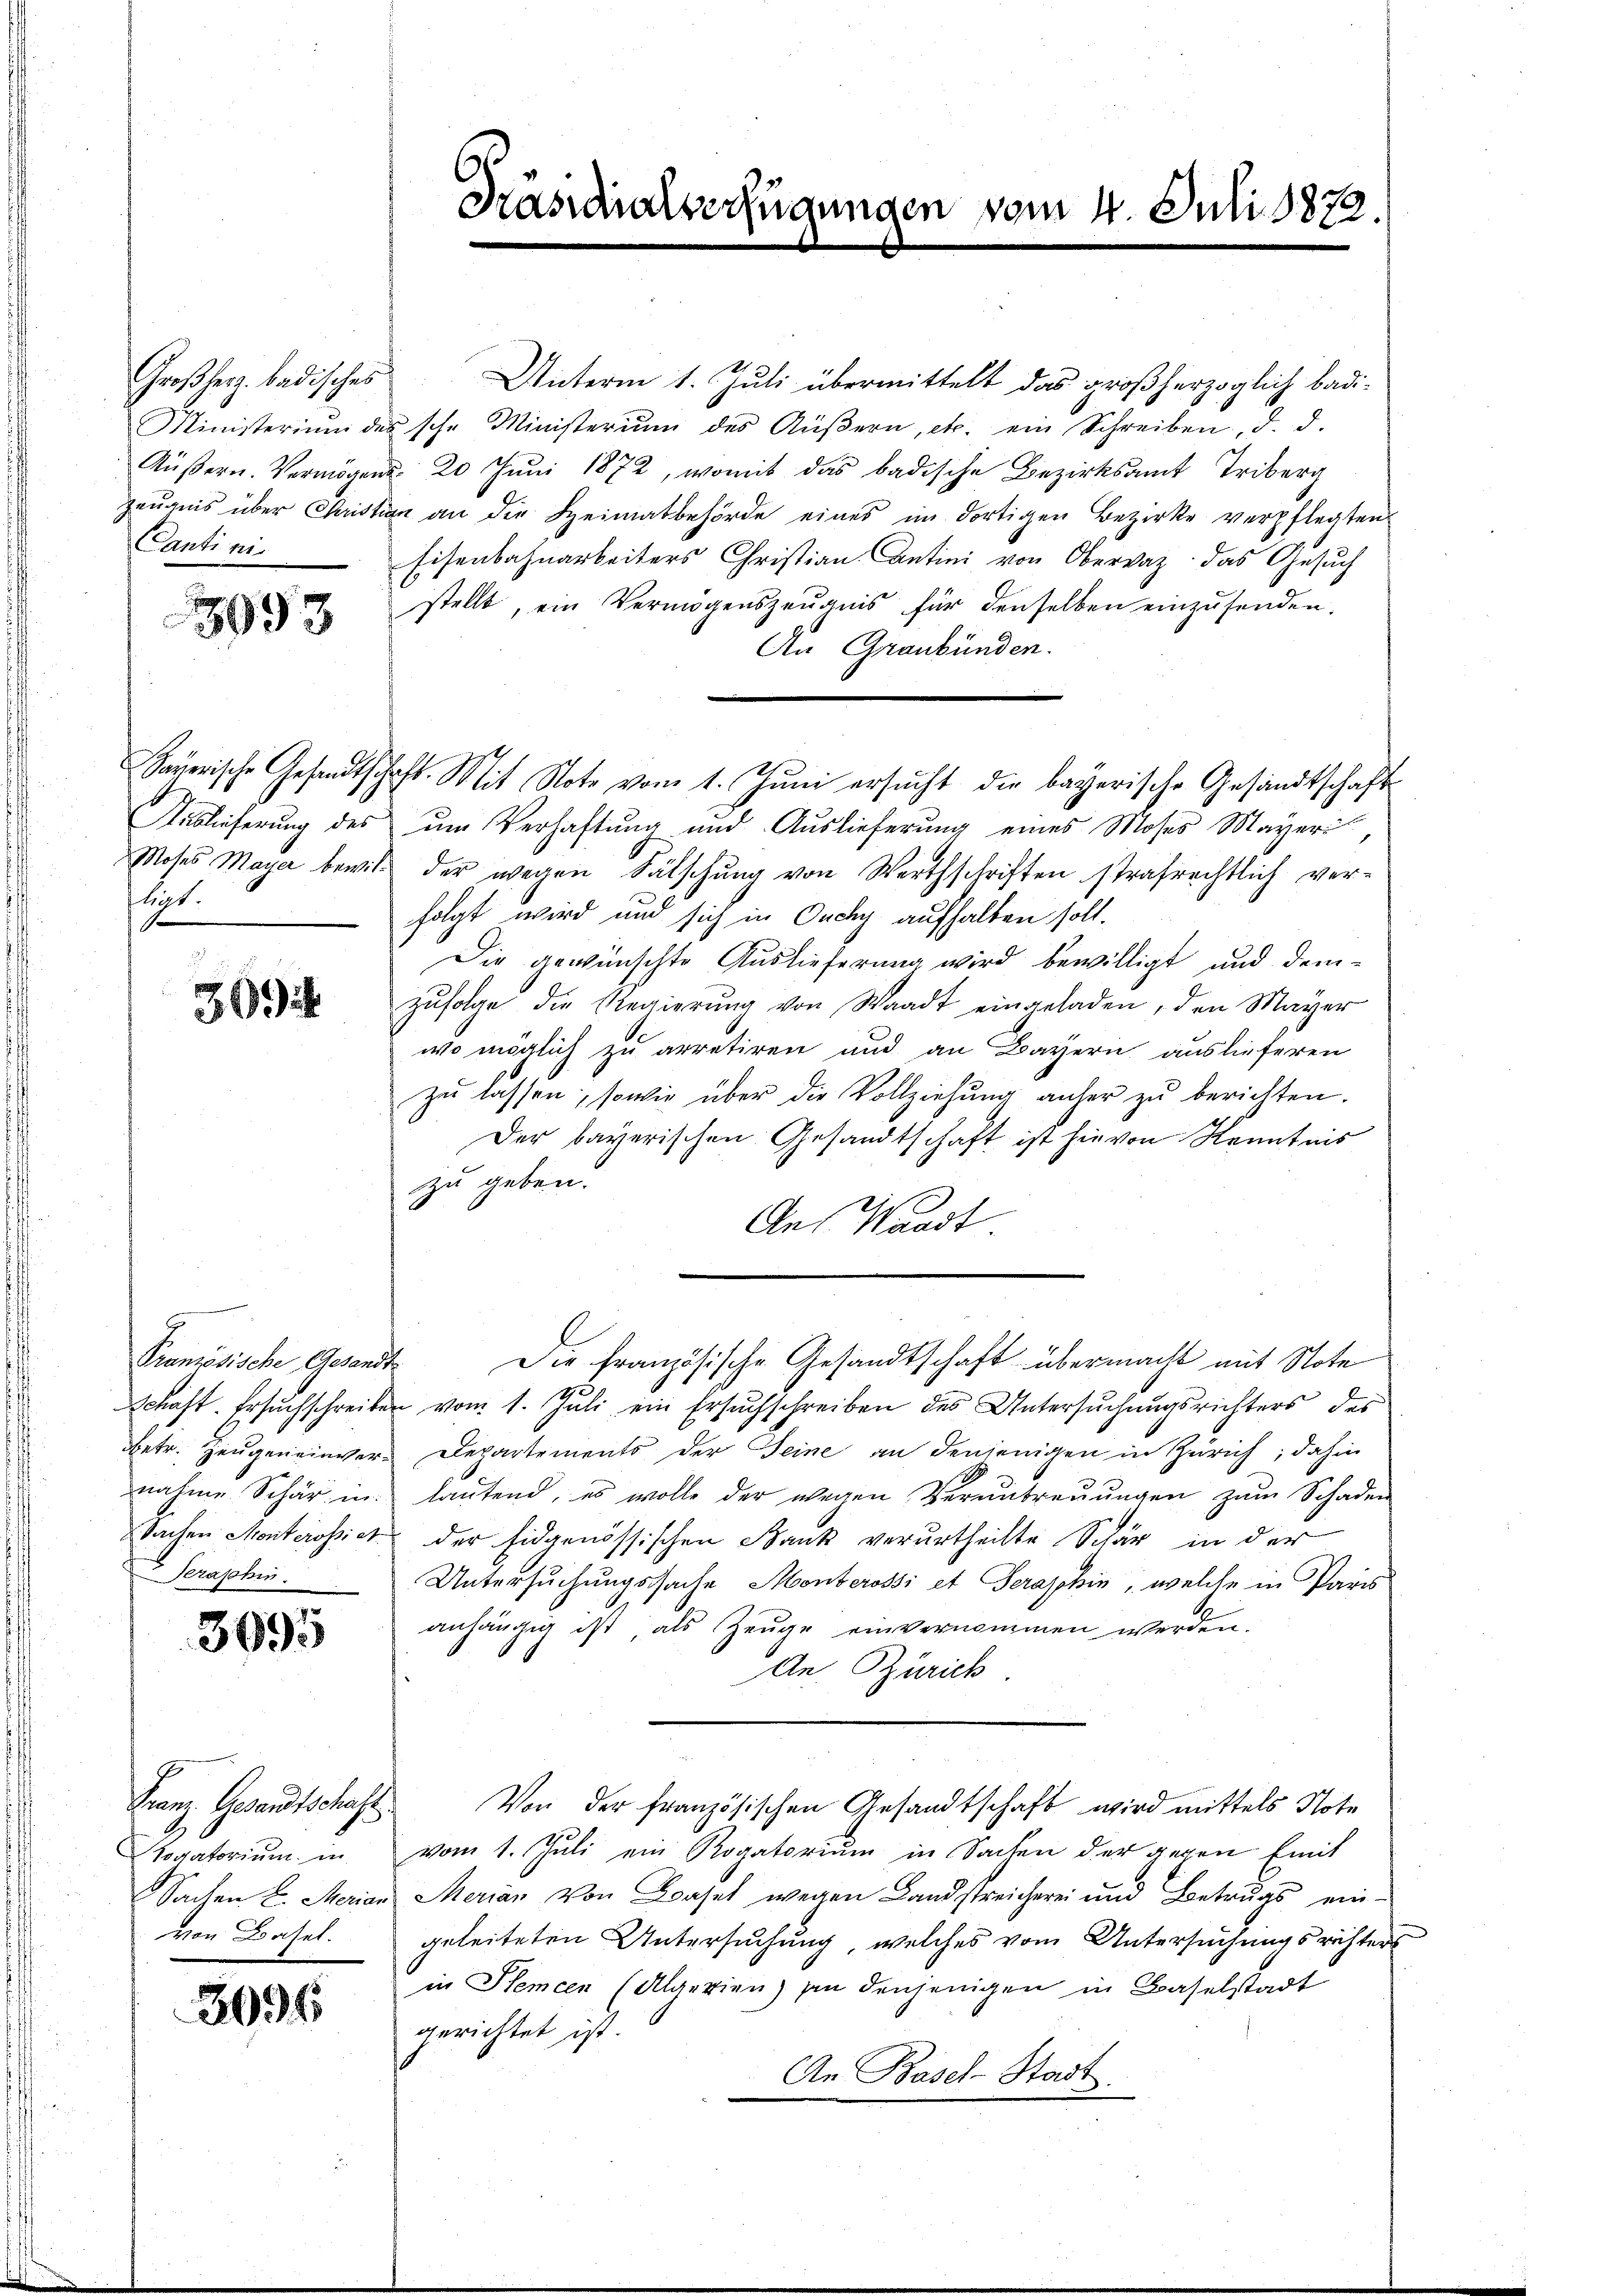
Großherz badisches
Cantini.

3993

Sauerische Gesandtsch
Auslieferung des
Moses Mayer bewilligt.
f

39

Peraphen.

3095

Franz Gesandtschaft.
Rogatorium in
von Basel.

3094

Präsidialverfügungen vom 4. Juli 1872.

Unterm 1. Juli übermittelt das großherzoglich badi¬
Ministerium des sche Ministerium des Aŭβern, etc. ein Schreiben, d. d.
Aŭβern. Vermögens 20 Juni 1872, womit das badische Bezirksamt Triberg
zeŭgnis über Christian an die Heimatbehörde eines im dortigen Bezirke verpflegten
Eisenbahnarbeiters Christian Antini von Obervaz: das Gesuch
stellt, ein Vermögenszeugnis für denselben einzusenden.
An Graubünden.
um Verhaftung und Auslieferung eines Moses Mayeri
der wegen Fälschung von Werthschriften strafrechtlich verfolgt wird und sich in Ouchy aufhalten soll.
Die gewünschte Auslieferung wird bewilligt und demzŭfolge die Regierŭng von Waadt eingeladen, den Mayer
wo möglich zu arretiren und an Bayern auslieferen
zu lassen, sowie über die Vollziehung anher zu berichten.
Der bayerischen Gesandtschaft ist hievon Kenntnis
zu geben.
An Waadt
Pranzösische Gesandt. Die französische Gesandtschaft übermacht mit Note
Schaft. Ersuchschreiben vom 1. Juli ein Ersuchschreiben des Untersuchungsrichters des
betr. Zeugen einver-Departements der Seine an denjenigen in Zürich; dahin
nahme Schär in laŭtend, es wolle der wegen Verantreŭŭngen zŭm Schaden
Sachen Monkerosict der Eidgenössischen Bank verurtheilte Schär in der
Untersuchungssache Monterossi et Serapphin, welche in Paris
anhängig ist als Zeuge einvernommen werden.
An Zürich.
Von der französischen Gesandtschaft wird mittels Note
vom 1. Juli ein Rogatorium in Sachen der gegen Emit
Sachen L. Merian Meria, von Basel wegen Landstreicherei und Betrugs ein-
geleiteten Untersuchung, welches vom Untersuchungsrichters
in Stemcen (Algerien) in denjenigen in Baselstadt
gerichtet ist.
An Basel-Stadt.

Jcht. Mit Note vom 1. Jŭni ersŭcht die bayerische Gesandtschaft